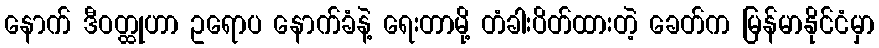
နောက် ဒီဝတ္ထုဟာ ဥရောပ နောက်ခံနဲ့ ရေးတာမို့ တံခါးပိတ်ထားတဲ့ ခေတ်က မြန်မာနိုင်ငံမှာ